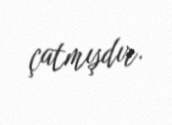
çatmışdır.